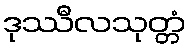
ဒုဿီလသုတ္တံ